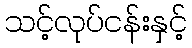
သင့်လုပ်ငန်းနှင့်